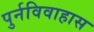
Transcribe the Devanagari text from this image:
पुर्नविवाहास